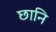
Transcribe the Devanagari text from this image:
छानि